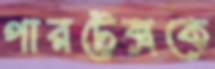
পারটেক্সকে